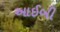
આઈબી